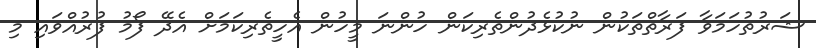
ޝަރުތުހަމަވާ ފަރާތްތަކުން ނުކުޅެދުންތެރިކަން ހުންނަ މީހުން އެހީތެރިކަމަށް އެދޭ ފޯމު ފުރުއްވައި މި